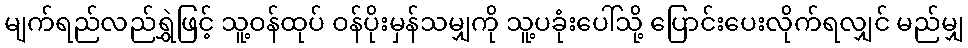
မျက်ရည်လည်ရွှဲဖြင့် သူ့ဝန်ထုပ် ဝန်ပိုးမှန်သမျှကို သူ့ပခုံးပေါ်သို့ ပြောင်းပေးလိုက်ရလျှင် မည်မျှ